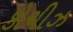
કોચીઝ